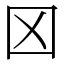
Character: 龱